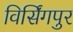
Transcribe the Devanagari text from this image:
विर्सिंगपुर